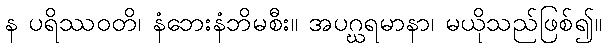
န ပရိဿဝတိ၊ နံဘေးနံဘိမစီး။ အပဂ္ဃရမာနာ၊ မယိုသည်ဖြစ်၍။